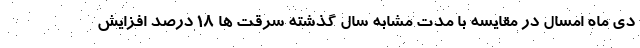
دی ماه امسال در مقایسه با مدت مشابه سال گذشته سرقت ها ۱۸ درصد افزایش